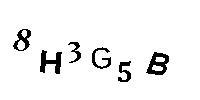
8H3G5B